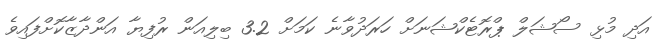
އަދި މުޅި ސޯޝަލް ޕްރޮޓެކްޝަނަށް ހަރަދުވާނެ ކަމަށް 3.2 ބިލިއަން ރުފިޔާ އަންދާޒާކޮށްފައިވެ